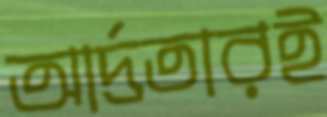
আর্দ্রতারই